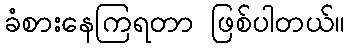
ခံစားနေကြရတာ ဖြစ်ပါတယ်။